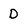
Character: D